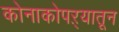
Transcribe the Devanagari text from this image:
कोनाकोपऱ्यातून